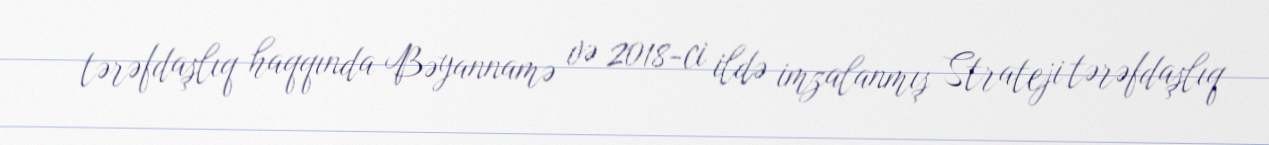
tərəfdaşlıq haqqında Bəyannamə və 2018-ci ildə imzalanmış Strateji tərəfdaşlıq